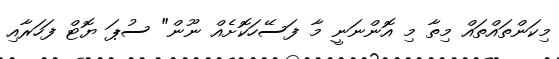
މިކަންތައްތައް މިތާ މި އޮންނަނީ މާ ފަސޭހަކޮށެއް ނޫން" ސުޕަ ޔޮޓް ފަހަރާއި